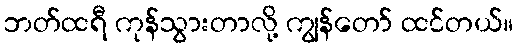
ဘတ်ထရီ ကုန်သွားတာလို့ ကျွန်တော် ထင်တယ်။